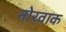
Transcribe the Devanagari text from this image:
नोरवाक